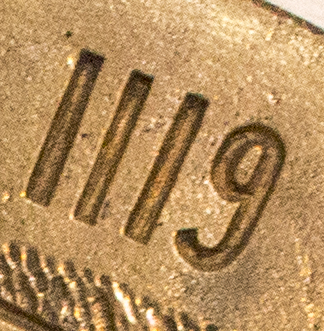
1119